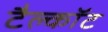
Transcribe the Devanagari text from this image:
टैल्कॉट